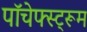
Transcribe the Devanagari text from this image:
पॉचेफ्स्ट्रूम